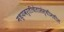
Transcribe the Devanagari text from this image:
मध्यवर्तीचेतासंस्थीमधील